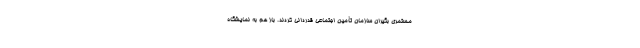
مستمری بگیران سازمان تأمین اجتماعی قدردانی کردند. باز هم به نمایشگاه